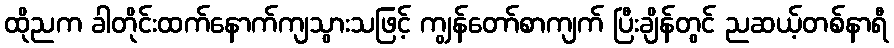
ထိုညက ခါတိုင်းထက်နောက်ကျသွားသဖြင့် ကျွန်တော်စာကျက် ပြီးချိန်တွင် ညဆယ့်တစ်နာရီ